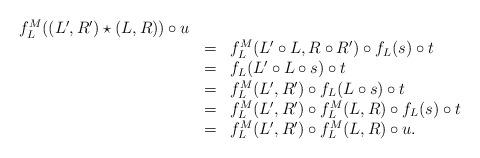
LaTeX: \begin{align*} \begin{array}{lll} f_L^M((L',R')\star (L,R))\circ u\\ &=&f_L^M(L'\circ L,R\circ R')\circ f_L(s)\circ t\\ &=&f_L(L'\circ L\circ s)\circ t\\ &=&f_L^M(L',R')\circ f_L(L\circ s)\circ t\\ &=&f_L^M(L',R')\circ f_L^M(L,R)\circ f_L(s)\circ t\\ &=&f_L^M(L',R')\circ f_L^M(L,R)\circ u. \end{array} \end{align*}